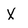
Character: X